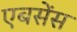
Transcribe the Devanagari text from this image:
एबसेंस